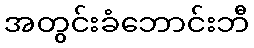
အတွင်းခံဘောင်းဘီ